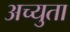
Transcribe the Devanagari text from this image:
अच्युता